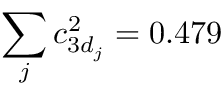
\sum _ { j } c _ { 3 d _ { j } } ^ { 2 } = 0 . 4 7 9